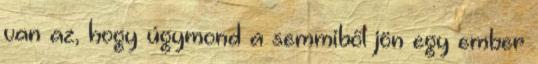
van az, hogy úgymond a semmiből jön egy ember